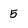
Character: 5